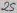
Text: 25